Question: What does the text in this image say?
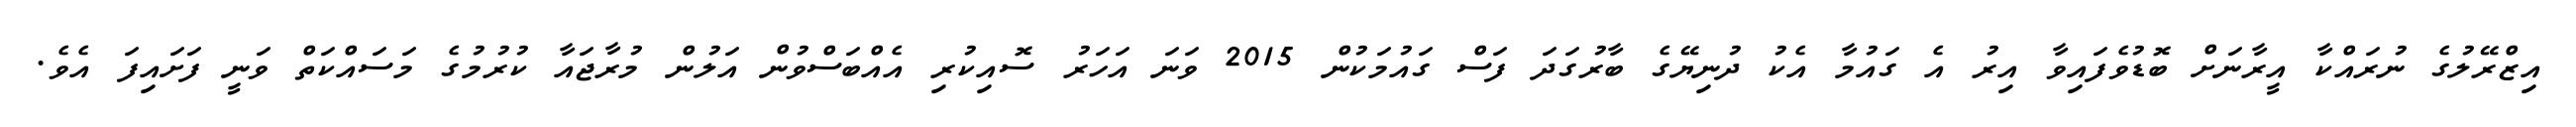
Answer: އިޒްރޭލުގެ ނުރައްކާ އީރާނަށް ބޮޑުވެފައިވާ އިރު އެ ގައުމާ އެކު ދުނިޔޭގެ ބާރުގަދަ ފަސް ގައުމަކުން 2015 ވަނަ އަހަރު ސޮއިކުރި އެއްބަސްވުން އަލުން މުރާޖައާ ކުރުމުގެ މަސައްކަތް ވަނީ ފަށައިފަ އެވެ.